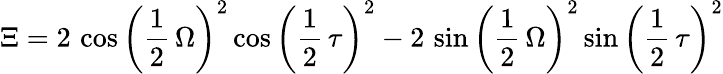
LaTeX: \Xi=2\, \cos\left(\frac{1}{2}\, {\Omega}\right)^{2}\cos\left(\frac{1}{2}\, {\tau}\right)^{2}-2\, \sin\left(\frac{1}{2}\, {\Omega}\right)^{2}\sin\left(\frac{1}{2}\, {\tau}\right)^{2}